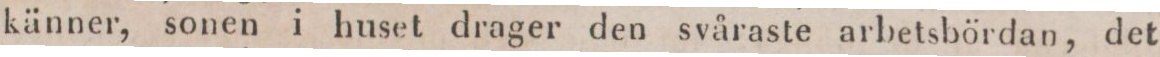
känner, sonen i huset drager den svåraste arbetsbördan, det